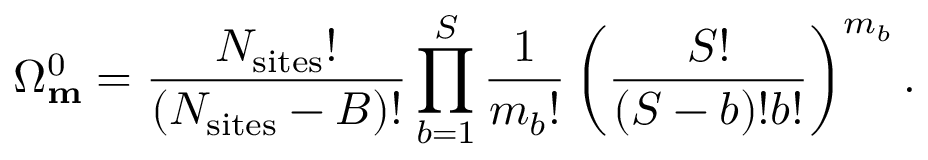
\Omega _ { \mathbf { m } } ^ { 0 } = \frac { N _ { \mathrm { s i t e s } } ! } { ( N _ { \mathrm { s i t e s } } - B ) ! } \prod _ { b = 1 } ^ { S } \frac { 1 } { m _ { b } ! } \left( \frac { S ! } { ( S - b ) ! b ! } \right) ^ { m _ { b } } .